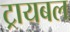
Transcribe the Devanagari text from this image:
ट्रायबल